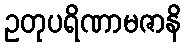
ဥတုပရိဏာမဇာနိ